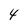
Character: 4